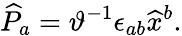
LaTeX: \widehat{P}_{a}=\vartheta^{-1}\epsilon_{ab}\widehat{x}^{b}.